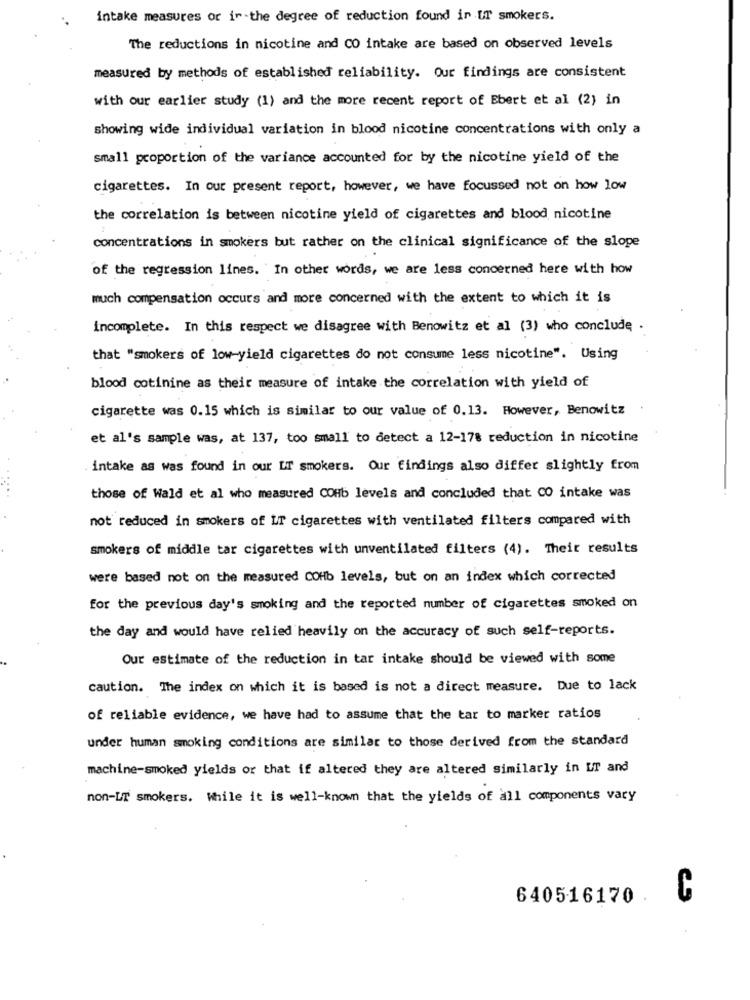
intake measures or ir-the degree of reduction found in UT smokers.
The reductions in nicotine and CO intake are based on observed levels
measured by methods of established reliability. Our findings are consistent
with our earlier study (1) and the more recent report of Ebert et al (2) in
showing wide individual variation in blood nicotine concentrations with only a
small proportion of the variance accounted for by the nicotine yield of the
cigarettes. In our present report, however, we have focussed not on how low
the correlation is between nicotine yield of cigarettes and blood nicotine
concentrations in smokers but rather on the clinical significance of the slope
of the regression lines. In other words, we are less concerned here with how
much compensation occurs and more concerned with the extent to which it is
incomplete. In this respect we disagree with Benowitz et al (3) who conclude .
that "smokers of low-yield cigarettes do not consume less nicotine". Using
blood cotinine as their measure of intake the correlation with yield of
cigarette was 0.15 which is similar to our value of 0.13. However, Benowitz
et al's sample was, at 137, too small to detect a 12-178 reduction in nicotine
. intake as was found in our LT smokers. Our findings also differ slightly from
those of Wald et al who measured COHb levels and concluded that CO intake was
not reduced in smokers of IT cigarettes with ventilated filters compared with
smokers of middle tar cigarettes with unventilated filters (4). Their results
were based not on the measured COHb levels, but on an index which corrected
for the previous day's smoking and the reported number of cigarettes smoked on
the day and would have relied heavily on the accuracy of such self-reports.
Our estimate of the reduction in tar intake should be viewed with some
caution. The index on which it is based is not a direct measure. Due to lack
of reliable evidence, we have had to assume that the tar to marker ratios
under human smoking conditions are similar to those derived from the standard
machine-smoked yields or that if altered they are altered similarly in UT and
non-LT smokers. While it is well-known that the yields of all components vary
640516170
C